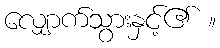
လျှောက်သွားနှင့်၏ ။